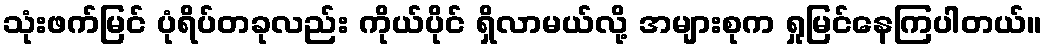
သုံးဖက်မြင် ပုံရိပ်တခုလည်း ကိုယ်ပိုင် ရှိလာမယ်လို့ အများစုက ရှုမြင်နေကြပါတယ်။